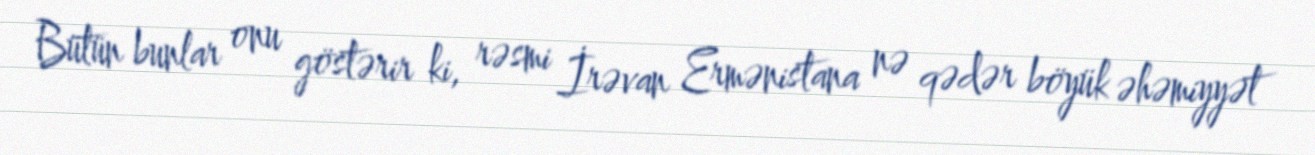
Bütün bunlar onu göstərir ki, rəsmi İrəvan Ermənistana nə qədər böyük əhəmiyyət